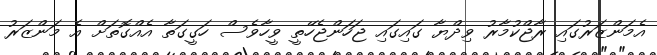
އެމަންޒަރުގައި ރާޖްކުމާރު ވިދްޔާ ގައިގައި ޖަހަންޖެހޭތީ ވީހާވެސް ހަގީގަތާ އެއްގޮތަށް އެ މަންޒަރު